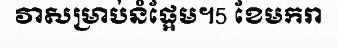
វាសម្រាប់នំផ្អែម។5 ខែមករា